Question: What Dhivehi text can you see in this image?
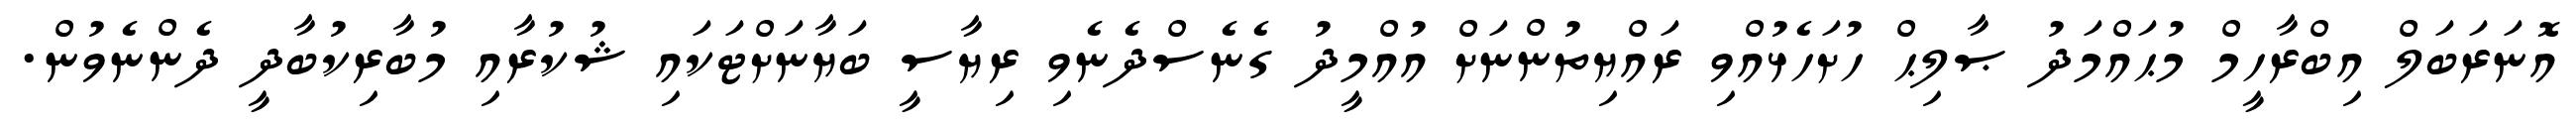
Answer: އޮނަރަބަލް އިބްރާހީމް މުޙައްމަދު ޞާލިޙް ހުށަހެޅުއްވި ރައްޔިތުންނަށް އުއްމީދު ގެނެސްދެނެވި ރިޔާސީ ބަޔާނަށްޓަކައި ޝުކުރާއި މުބާރިކުބާދީ ދެންނެވުން.